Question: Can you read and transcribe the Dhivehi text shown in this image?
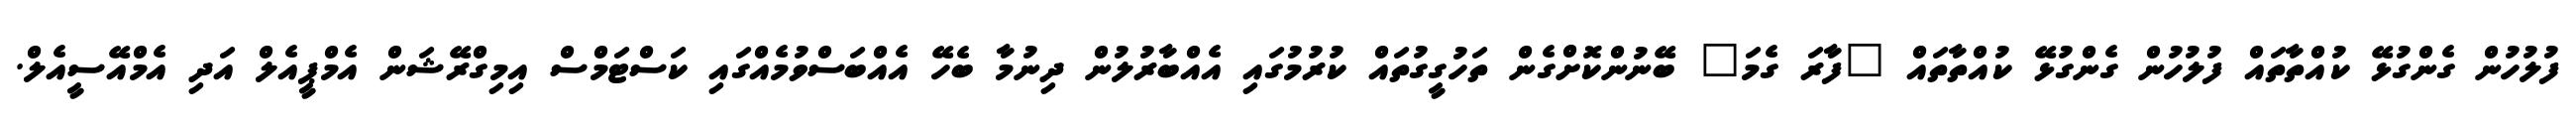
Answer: ފުލުހުން ގެންގުޅޭ ކުއްތާތައް ފުލުހުން ގެންގުޅޭ ކުއްތާތައް "ފާރަ ގެމަ" ބޭނުންކޮށްގެން ތަހުގީގުތައް ކުރުމުގައި އެއްބާރުލުން ދިނުމާ ބެހޭ އެއްބަސްވުމެއްގައި ކަސްޓަމްސް އިމިގްރޭޝަން އެމްޕީއެލް އަދި އެމްއޭސީއެލް.